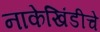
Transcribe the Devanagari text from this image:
नाकेखिंडीचे